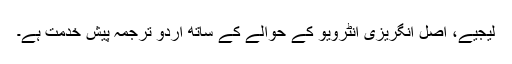
لیجیے، اصل انگریزی انٹرویو کے حوالے کے ساتھ اردو ترجمہ پیش خدمت ہے۔